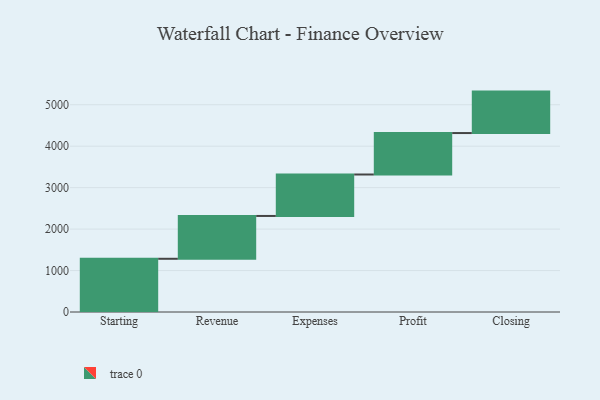
{"axis": {"x": "Step", "y": "Value"}, "legend": [""], "data": [{"x": "Starting", "y": 1284.0, "type": ""}, {"x": "Revenue", "y": 1033.0, "type": ""}, {"x": "Expenses", "y": 1000, "type": ""}, {"x": "Profit", "y": 1000, "type": ""}, {"x": "Closing", "y": 1000, "type": ""}]}